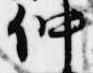
仲